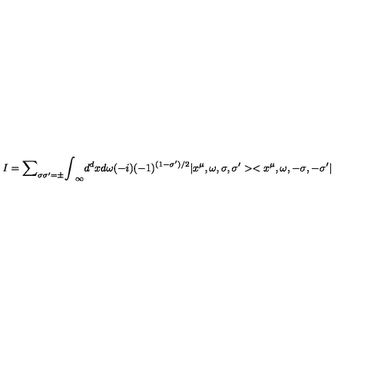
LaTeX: I = { \sum } _ { { \sigma } { \sigma } ^ { \prime } = { \pm } } { \int } _ { \infty } d ^ { d } x d { \omega } ( - i ) ( - 1 ) ^ { ( 1 - { \sigma } ^ { \prime } ) / 2 } | x ^ { \mu } , { \omega } , { \sigma } , { \sigma ^ { \prime } } > < x ^ { \mu } , { \omega } , { - \sigma } , { - \sigma ^ { \prime } } |